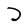
Character: D